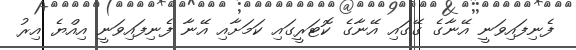
ފެނިފައިވަނީ އޭނާގެ ގޭގައި އޭނާގެ ކޮޓަރީގައި ކަމަށާއި އޭނާ ފެނިފައިވަނީ އިއްޔެ އިރު